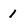
Character: 1